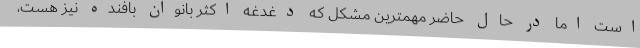
است اما در حال حاضر مهمترین مشکل که دغدغه اکثر بانوان بافنده نیز هست،